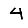
Digit: 4